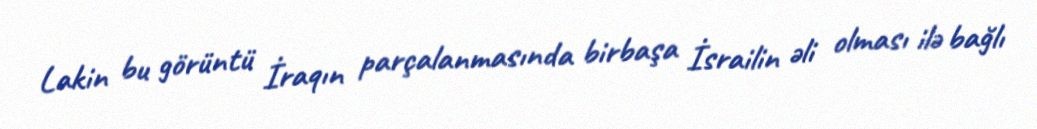
Lakin bu görüntü İraqın parçalanmasında birbaşa İsrailin əli olması ilə bağlı